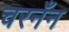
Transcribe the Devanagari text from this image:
चरनँन